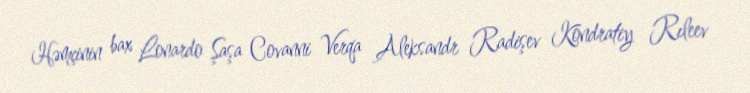
Həmçinin bax Lonardo Şaşa Covanni Verqa Aleksandr Radişev Kondratiy Rıleev